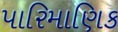
પારિમાણિક